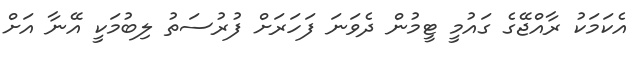
އެކަމަކު ރާއްޖޭގެ ގައުމީ ޓީމުން ދެވަނަ ފަހަރަށް ފުރުސަތު ލިބުމަކީ އޭނާ އަށް